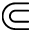
\Subset